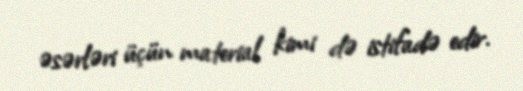
əsərləri üçün material kimi də istifadə edir.